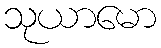
သုယာမော